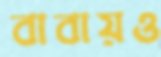
বাবায়ও